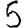
Digit: 5